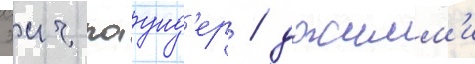
эич паунд'ер / джимм'и